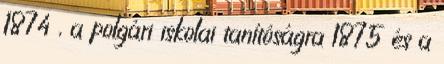
1874 , a polgári iskolai tanítóságra 1875 és a